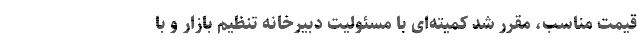
قیمت مناسب، مقرر شد کمیته‌ای با مسئولیت دبیرخانه تنظیم بازار و با